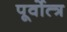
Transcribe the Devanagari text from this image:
पूर्वोत्त्र